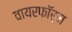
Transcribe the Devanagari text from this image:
वायरफॉर्म